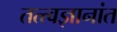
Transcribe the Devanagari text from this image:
तत्त्वज्ञानांत